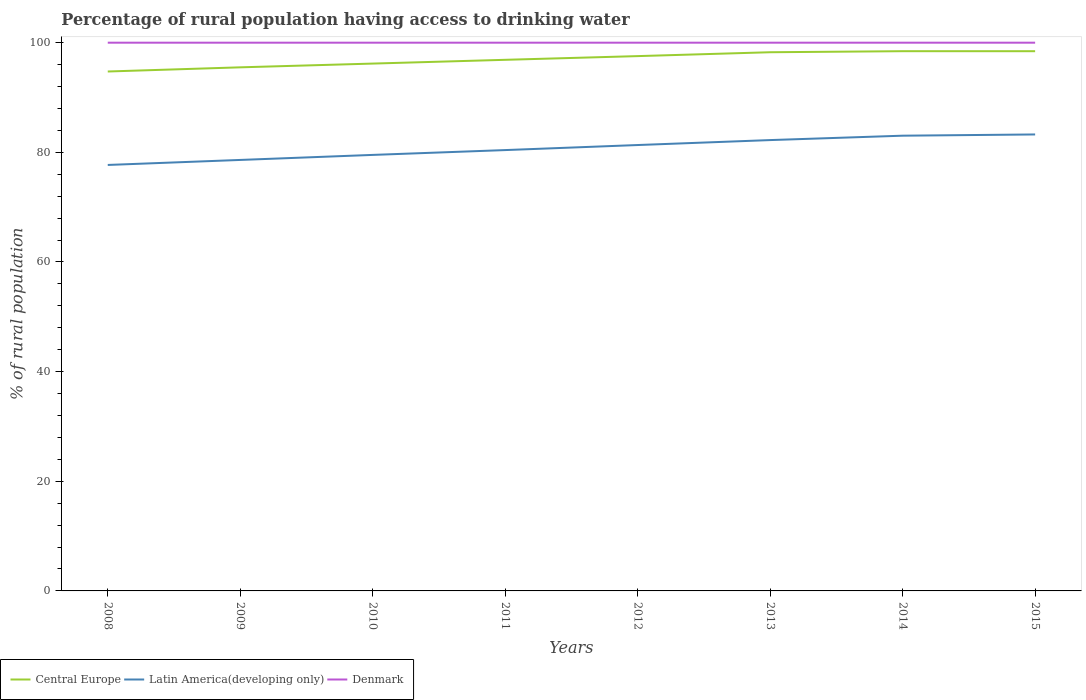
| Years | Central Europe | Latin America(developing only) | Denmark |
 | --- | --- | --- | --- |
 | 2008 | 94.7 | 77.7 | 100 |
 | 2009 | 95.5 | 78.6 | 100 |
 | 2010 | 96.2 | 79.5 | 100 |
 | 2011 | 96.9 | 80.4 | 100 |
 | 2012 | 97.6 | 81.3 | 100 |
 | 2013 | 98.3 | 82.2 | 100 |
 | 2014 | 98.4 | 83 | 100 |
 | 2015 | 98.4 | 83.3 | 100 |